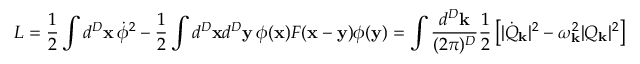
L = { \frac { 1 } { 2 } } \int d ^ { D } { \bf x } \, \dot { \phi } ^ { 2 } - { \frac { 1 } { 2 } } \int d ^ { D } { \bf x } d ^ { D } { \bf y } \, \phi ( { \bf x } ) F ( { \bf x } - { \bf y } ) \phi ( { \bf y } ) = \int { \frac { d ^ { D } { \bf k } } { ( 2 \pi ) ^ { D } } } { \frac { 1 } { 2 } } \left[ | \dot { Q } _ { \bf k } | ^ { 2 } - \omega _ { \bf k } ^ { 2 } | Q _ { \bf k } | ^ { 2 } \right]